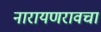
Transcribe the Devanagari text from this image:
नारायणरावचा